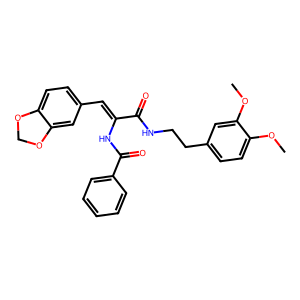
SMILES: COc1ccc(CCNC(=O)C(=Cc2ccc3c(c2)OCO3)NC(=O)c2ccccc2)cc1OC
Inhibits HIV replication: No